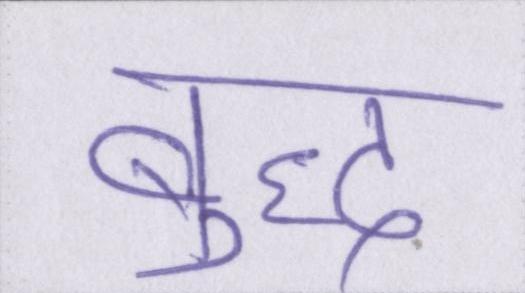
बुद्ध